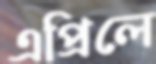
এপ্রিলে